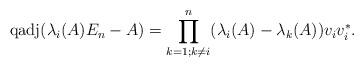
LaTeX: \begin{align*}\mathrm{qadj}(\lambda_i(A)E_n-A)=\prod_{k=1;k\ne i}^n(\lambda_i(A)-\lambda_k(A))v_iv_i^*.\end{align*}